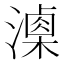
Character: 𣿚